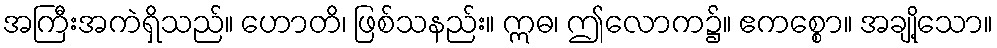
အကြီးအကဲရှိသည်။ ဟောတိ၊ ဖြစ်သနည်း။ ဣဓ၊ ဤလောက၌။ ဧကစ္စော။ အချို့သော။